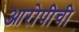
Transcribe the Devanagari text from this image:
आरोपीची